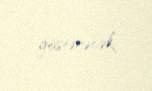
göstərəcək.